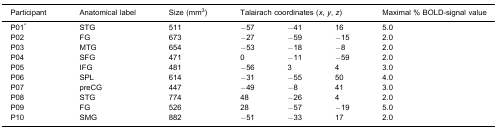
<table><thead><tr><td><b>Participant</b></td><td><b>Anatomical label</b></td><td><b>Size (mm<sup>3</sup>)</b></td><td colspan="3"><b>Talairach coordinates (<i>x</i>, <i>y</i>, <i>z</i>)</b></td><td><b>Maximal % BOLD-signal value</b></td></tr></thead><tbody><tr><td>P01<sup>∗</sup></td><td>STG</td><td>511</td><td>−57</td><td>−41</td><td>16</td><td>5.0</td></tr><tr><td>P02</td><td>FG</td><td>673</td><td>−27</td><td>−59</td><td>−15</td><td>2.0</td></tr><tr><td>P03</td><td>MTG</td><td>654</td><td>−53</td><td>−18</td><td>−8</td><td>2.0</td></tr><tr><td>P04</td><td>SFG</td><td>471</td><td>0</td><td>−11</td><td>−59</td><td>2.0</td></tr><tr><td>P05</td><td>IFG</td><td>481</td><td>−56</td><td>3</td><td>4</td><td>3.0</td></tr><tr><td>P06</td><td>SPL</td><td>614</td><td>−31</td><td>−55</td><td>50</td><td>4.0</td></tr><tr><td>P07</td><td>preCG</td><td>447</td><td>−49</td><td>−8</td><td>41</td><td>3.0</td></tr><tr><td>P08</td><td>STG</td><td>774</td><td>48</td><td>−26</td><td>4</td><td>2.0</td></tr><tr><td>P09</td><td>FG</td><td>526</td><td>28</td><td>−57</td><td>−19</td><td>5.0</td></tr><tr><td>P10</td><td>SMG</td><td>882</td><td>−51</td><td>−33</td><td>17</td><td>2.0</td></tr></tbody></table>